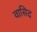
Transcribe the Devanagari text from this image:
वासिद